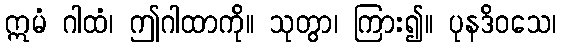
ဣမံ ဂါထံ၊ ဤဂါထာကို။ သုတွာ၊ ကြား၍။ ပုနဒိဝသေ၊